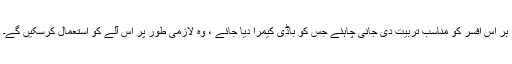
ہر اس افسر کو مناسب تربیت دی جانی چاہئے جس کو باڈی کیمرا دیا جائے ، وہ لازمی طور پر اس آلے کو استعمال کرسکیں گے۔